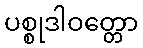
ပစ္စုဒါဝတ္တော